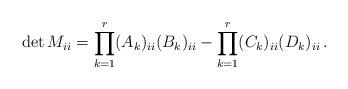
LaTeX: \begin{align*}\det M_{ii} = \prod_{k = 1}^r (A_k)_{ii}(B_k)_{ii} - \prod_{k = 1}^r (C_k)_{ii}(D_k)_{ii}\,.\end{align*}